Lunatic asylums in Bengal annual reports 1912-1924 - 1912-1924
Year: 1912
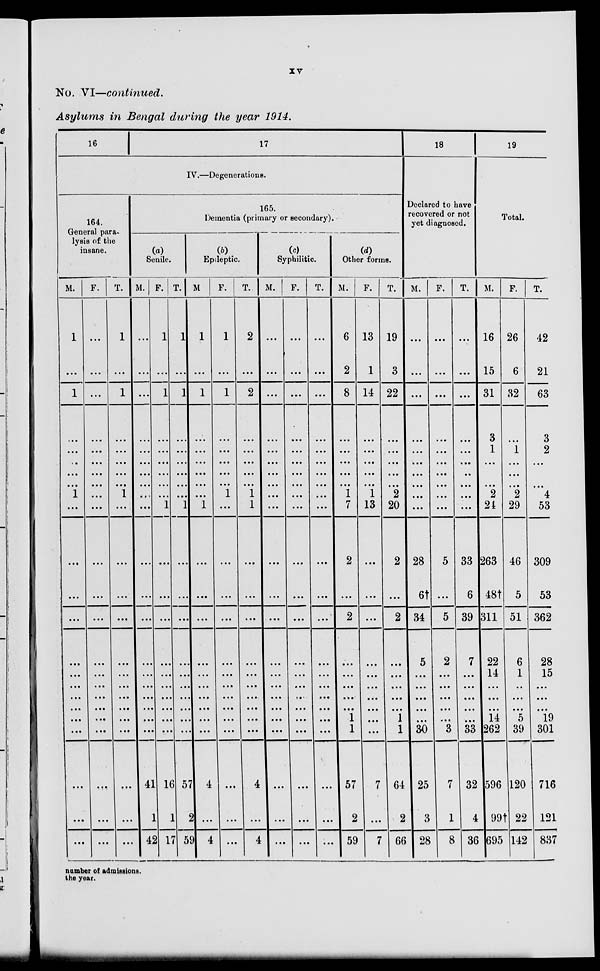
xv
No. VI—continued.
Asylums in Bengal during the year 1914.
16
17
IV.—Degenerations.
164.
General para-
lysis of the
insane.
M.
1
...
1
...
...
...
...
...
1
...
...
...
...
...
...
...
...
...
...
...
...
...
...
F.
...
...
...
...
...
...
...
...
...
...
...
...
...
...
...
...
...
...
...
...
...
...
...
T.
1
...
1
...
...
...
...
...
1
...
...
...
...
...
...
...
...
...
...
...
...
...
...
165.
Dementia (primary or secondary).
(a)
Senile.
M.
...
...
...
...
...
...
...
...
...
...
...
...
...
...
...
...
...
...
...
...
41
1
42
F.
1
...
1
...
...
...
...
...
...
1
...
...
...
...
...
...
...
...
...
...
16
1
17
T.
1
...
1
...
...
...
...
...
...
1
...
...
...
...
...
...
...
...
...
...
57
2
59
(b)
Epileptic.
M.
1
...
1
...
...
...
...
...
...
1
...
...
...
...
...
...
...
...
...
...
4
...
4
F.
1
...
1
...
...
...
...
...
1
...
...
...
...
...
...
...
...
...
...
...
...
...
...
T.
2
...
2
...
...
...
...
...
1
1
...
...
...
...
...
...
...
...
...
...
4
...
4
(c)
Syphilitic.
M.
...
...
...
...
...
...
...
...
...
...
...
...
...
...
...
...
...
...
...
...
...
...
...
F.
...
...
...
...
...
...
...
...
...
...
...
...
...
...
...
...
...
...
...
...
...
...
...
T.
...
...
...
...
...
...
...
...
...
...
...
...
...
...
...
...
...
...
...
...
...
...
...
(d)
Other forms.
M.
6
2
8
...
...
...
...
...
1
7
2
...
2
...
...
...
...
...
1
1
57
2
59
F.
13
1
14
...
...
...
...
...
1
13
...
...
...
...
...
...
...
...
...
...
7
...
7
T.
19
3
22
...
...
...
...
...
2
20
2
...
2
...
...
...
...
...
1
1
64
2
66
18
Declared to have
recovered or not
yet diagnosed.
M.
...
...
...
...
...
...
...
...
...
...
28
6†
34
5
...
...
...
...
...
30
25
3
28
F.
...
...
...
...
...
...
...
...
...
...
5
...
5
2
...
...
...
...
...
3
7
1
8
T.
...
...
...
...
...
...
...
...
...
...
33
6
39
7
...
...
...
...
...
33
32
4
36
19
Total.
M.
16
15
31
3
1
...
...
...
2
21
263
48†
311
22
14
...
...
...
14
262
596
99†
695
F.
26
6
32
...
1
...
...
...
2
29
46
5
51
6
1
...
...
...
5
39
120
22
142
T.
42
21
63
3
2
...
...
...
4
53
309
53
362
28
15
...
...
...
19
301
716
121
837
number of admissions.
the year.